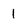
Character: 1